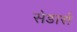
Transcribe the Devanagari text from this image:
सेडार्स